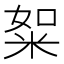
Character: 𥹡